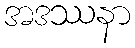
အဒဿနာ